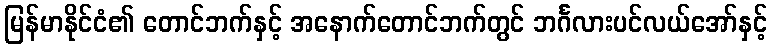
မြန်မာနိုင်ငံ၏ တောင်ဘက်နှင့် အနောက်တောင်ဘက်တွင် ဘင်္ဂလားပင်လယ်အော်နှင့်